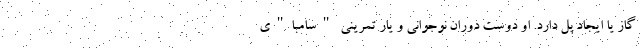
گاز یا ایجاد پل دارد. او دوست دوران نوجوانی و یار تمرینی "سامبا"ی